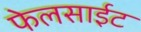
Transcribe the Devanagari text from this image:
फेलसाईट